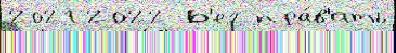
2021 2022 Б'ег пра́в'ить